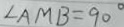
\angle A M B = 9 0 ^ { \circ }